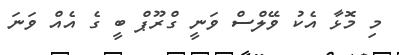
މި މޮޅާ އެކު ވޭލްސް ވަނީ ގްރޫޕް ބީ ގެ އެއް ވަނަ